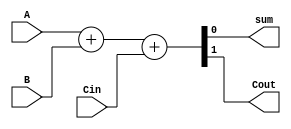
`timescale 1ns / 1ps
//////////////////////////////////////////////////////////////////////////////////
// Company: 
// Engineer: 
// 
// Design Name: 
// Module Name: full_adder
// Project Name: 
// Target Devices: 
// Tool Versions: 
// Description: 
// 
// Dependencies: 
// 
// Revision:
// Revision 0.01 - File Created
// Additional Comments:
// 
//////////////////////////////////////////////////////////////////////////////////


module full_adder(
input A, B, Cin, output sum, Cout
    );
    
    assign {Cout, sum} = A + B + Cin;
endmodule